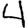
Digit: 4